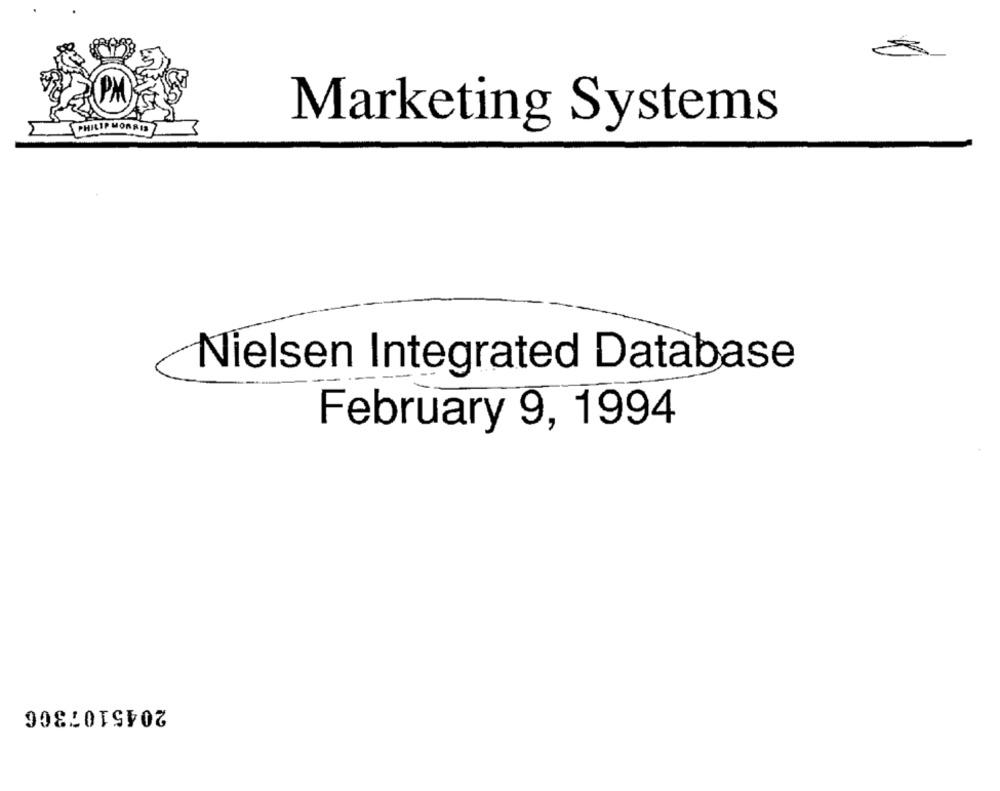
PHILIP MORRIS
Marketing Systems
Nielsen Integrated Database
February 9, 1994
2045107306